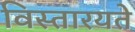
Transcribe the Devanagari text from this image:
विस्तारयते